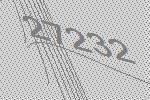
27232